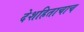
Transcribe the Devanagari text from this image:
देशहिताचाच